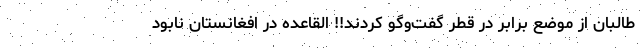
طالبان از موضع برابر در قطر گفت‌وگو كردند!! القاعده در افغانستان نابود